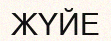
ЖҮЙЕ